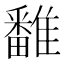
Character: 𩀷